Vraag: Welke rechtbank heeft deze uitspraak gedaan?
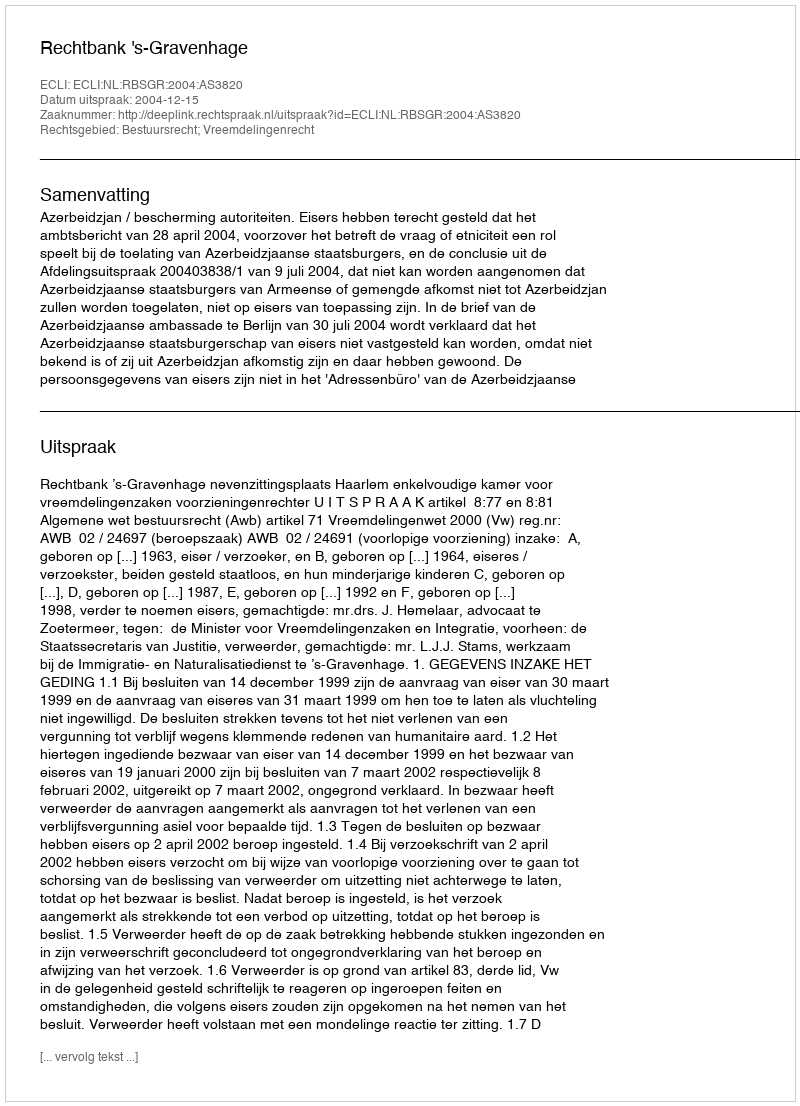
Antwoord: Rechtbank 's-Gravenhage